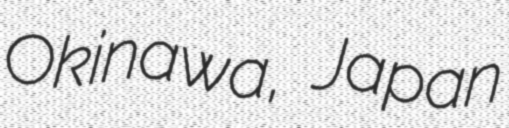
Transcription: Okinawa, Japan